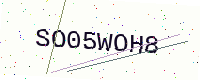
Text: SO05WOH8